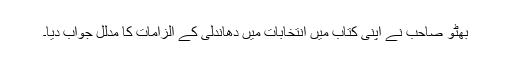
بھٹو صاحب نے اپنی کتاب میں انتخابات میں دھاندلی کے الزامات کا مدلل جواب دیا۔